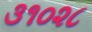
૩૧૦૨૮